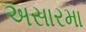
અસારમા